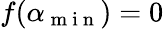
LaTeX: f(\alpha_{\mathrm{~m~i~n~}})=0